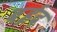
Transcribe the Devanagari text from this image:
बईद